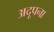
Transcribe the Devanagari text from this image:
अदूपना